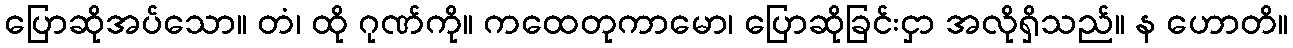
ပြောဆိုအပ်သော။ တံ၊ ထို ဂုဏ်ကို။ ကထေတုကာမော၊ ပြောဆိုခြင်းငှာ အလိုရှိသည်။ န ဟောတိ။